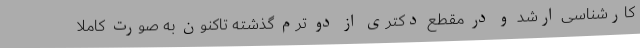
کارشناسی ارشد و در مقطع دکتری از دو ترم گذشته تاکنون به صورت کاملا